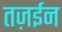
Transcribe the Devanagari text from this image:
तज़ईन